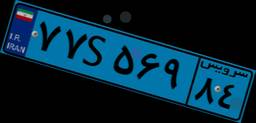
۳۸S۷۴۴۳۹